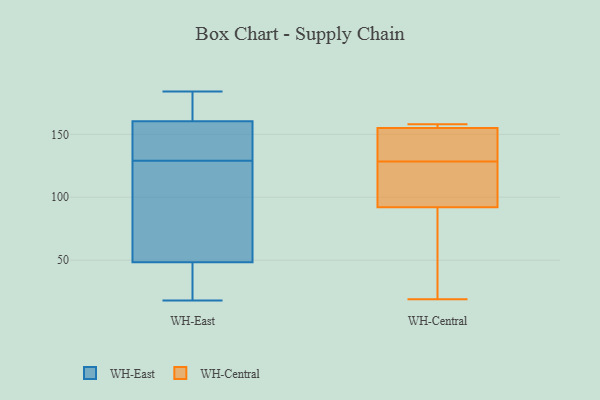
{"axis": {"x": "Net Income (USD K)", "y": "Value"}, "legend": ["WH-Central", "WH-East"], "data": [{"x": "", "y": 135, "type": "WH-East"}, {"x": "", "y": 133, "type": "WH-East"}, {"x": "", "y": 109, "type": "WH-East"}, {"x": "", "y": 46, "type": "WH-East"}, {"x": "", "y": 129, "type": "WH-East"}, {"x": "", "y": 49, "type": "WH-East"}, {"x": "", "y": 168, "type": "WH-East"}, {"x": "", "y": 155, "type": "WH-East"}, {"x": "", "y": 178, "type": "WH-East"}, {"x": "", "y": 56, "type": "WH-East"}, {"x": "", "y": 32, "type": "WH-East"}, {"x": "", "y": 18, "type": "WH-East"}, {"x": "", "y": 19, "type": "WH-East"}, {"x": "", "y": 128, "type": "WH-East"}, {"x": "", "y": 158, "type": "WH-East"}, {"x": "", "y": 184, "type": "WH-East"}, {"x": "", "y": 173, "type": "WH-East"}, {"x": "", "y": 24, "type": "WH-Central"}, {"x": "", "y": 125, "type": "WH-Central"}, {"x": "", "y": 158, "type": "WH-Central"}, {"x": "", "y": 92, "type": "WH-Central"}, {"x": "", "y": 155, "type": "WH-Central"}, {"x": "", "y": 132, "type": "WH-Central"}, {"x": "", "y": 103, "type": "WH-Central"}, {"x": "", "y": 138, "type": "WH-Central"}, {"x": "", "y": 157, "type": "WH-Central"}, {"x": "", "y": 19, "type": "WH-Central"}]}